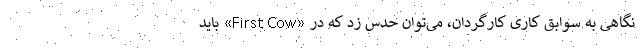
نگاهی به سوابق کاری کارگردان، می‌توان حدس زد که در «First Cow» باید